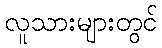
လူသားများတွင်